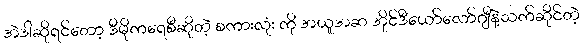
အဲဒါဆိုရင်တော့ ဒီမိုကရေစီဆိုတဲ့ စကားလုံး ကို အယူအဆ အိုင်ဒီယော်လော်ဂျီနဲ့သက်ဆိုင်တဲ့